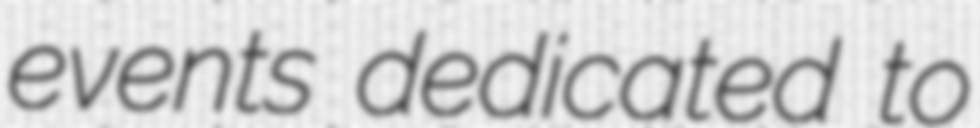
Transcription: events dedicated to